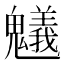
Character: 䰮